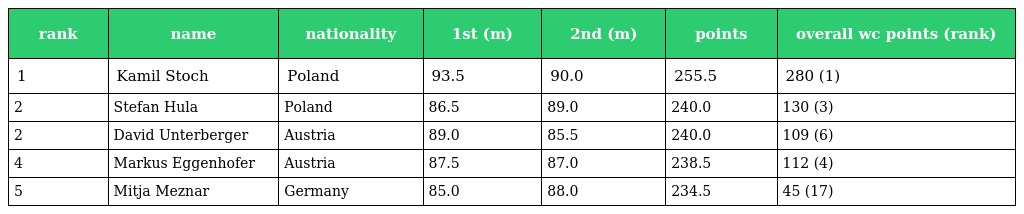
| rank | name | nationality | 1st (m) | 2nd (m) | points | overall wc points (rank) |
 | --- | --- | --- | --- | --- | --- | --- |
 | 1 | Kamil Stoch | Poland | 93.5 | 90.0 | 255.5 | 280 (1) |
 | 2 | Stefan Hula | Poland | 86.5 | 89.0 | 240.0 | 130 (3) |
 | 2 | David Unterberger | Austria | 89.0 | 85.5 | 240.0 | 109 (6) |
 | 4 | Markus Eggenhofer | Austria | 87.5 | 87.0 | 238.5 | 112 (4) |
 | 5 | Mitja Meznar | Germany | 85.0 | 88.0 | 234.5 | 45 (17) |